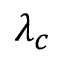
\lambda _ { c }